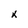
Character: X